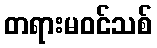
တရားမဝင်သစ်